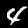
Label: 4